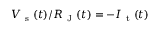
V _ { \mathrm { ~ s ~ } } ( t ) / R _ { \mathrm { ~ J ~ } } ( t ) = - I _ { \mathrm { ~ t ~ } } ( t )